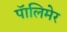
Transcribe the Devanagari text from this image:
पॅालिमेर